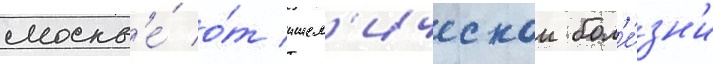
москв'е́ о́т ишем'ическои бол'е́зн'и